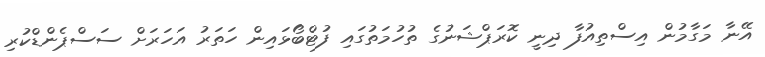
އޭނާ މަގާމުން އިސްތިއުފާ ދިނީ ކޮރަޕްޝަނުގެ ތުހުމަތުގައި ފުޓްބޯޅައިން ހަތަރު އަހަރަށް ސަސްޕެންޑްކުރި